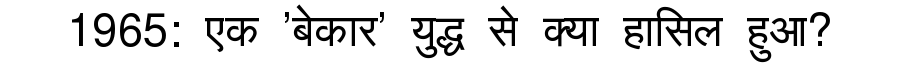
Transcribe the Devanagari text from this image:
1965: एक 'बेकार' युद्ध से क्या हासिल हुआ?